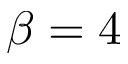
\beta = 4